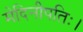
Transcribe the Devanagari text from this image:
मेदिनीपतिः।